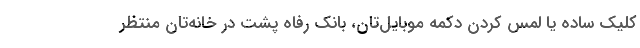
کلیک ساده یا لمس کردن دکمه موبایل‌تان، بانک رفاه پشت در خانه‌تان منتظر